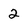
Character: 2